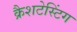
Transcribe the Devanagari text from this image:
क्रैशटेस्टिंग